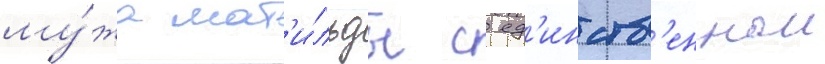
му́жа мат'и́льды с ед'инств'еннои